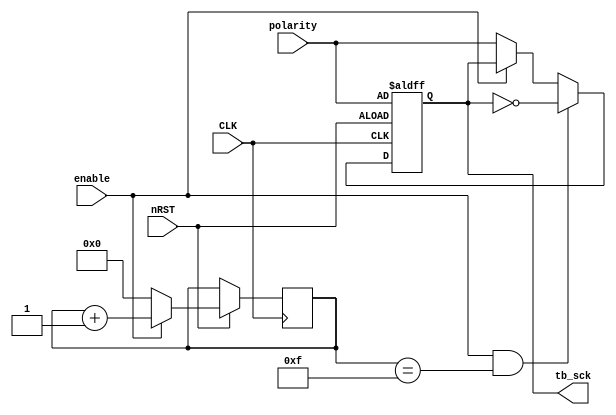
module sg (
	CLK,
	nRST,
	enable,
	polarity,
	tb_sck
);
	input wire CLK;
	input wire nRST;
	input wire enable;
	input wire polarity;
	output reg tb_sck;
	reg [3:0] cnt;
	always @(posedge CLK or negedge nRST)
		if (!nRST)
			tb_sck <= polarity;
		else begin
			if (enable)
				cnt <= cnt + 1;
			else
				cnt <= {4 {1'sb0}};
			if (enable && (cnt == 4'hf))
				tb_sck <= ~tb_sck;
			else if (enable)
				tb_sck <= tb_sck;
			else
				tb_sck <= polarity;
		end
endmodule